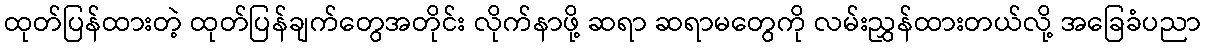
ထုတ်ပြန်ထားတဲ့ ထုတ်ပြန်ချက်တွေအတိုင်း လိုက်နာဖို့ ဆရာ ဆရာမတွေကို လမ်းညွှန်ထားတယ်လို့ အခြေခံပညာ